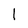
Character: 1